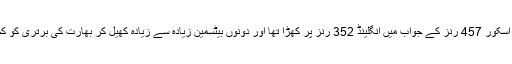
بھارت کے پہلی اننگز کے اسکور 457 رنز کے جواب میں انگلینڈ 352 رنز پر کھڑا تھا اور دونوں بیٹسمین زیادہ سے زیادہ کھیل کر بھارت کی برتری کو کم سے کم کرنا چاہتے تھے۔